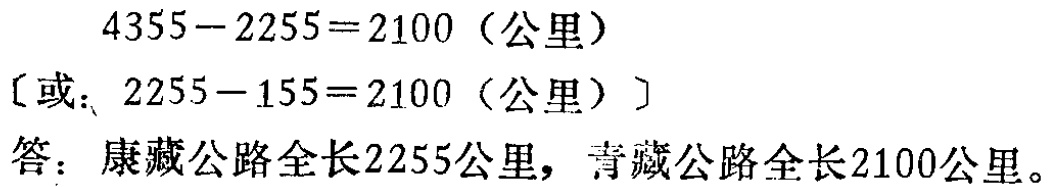
\[
\begin{align*}
4355 - 2255&= 2100 \text{（公里）}\\
\text{[或：}2255 - 155&= 2100 \text{（公里）]}
\end{align*}
\]
答：康藏公路全长2255公里，青藏公路全长2100公里。